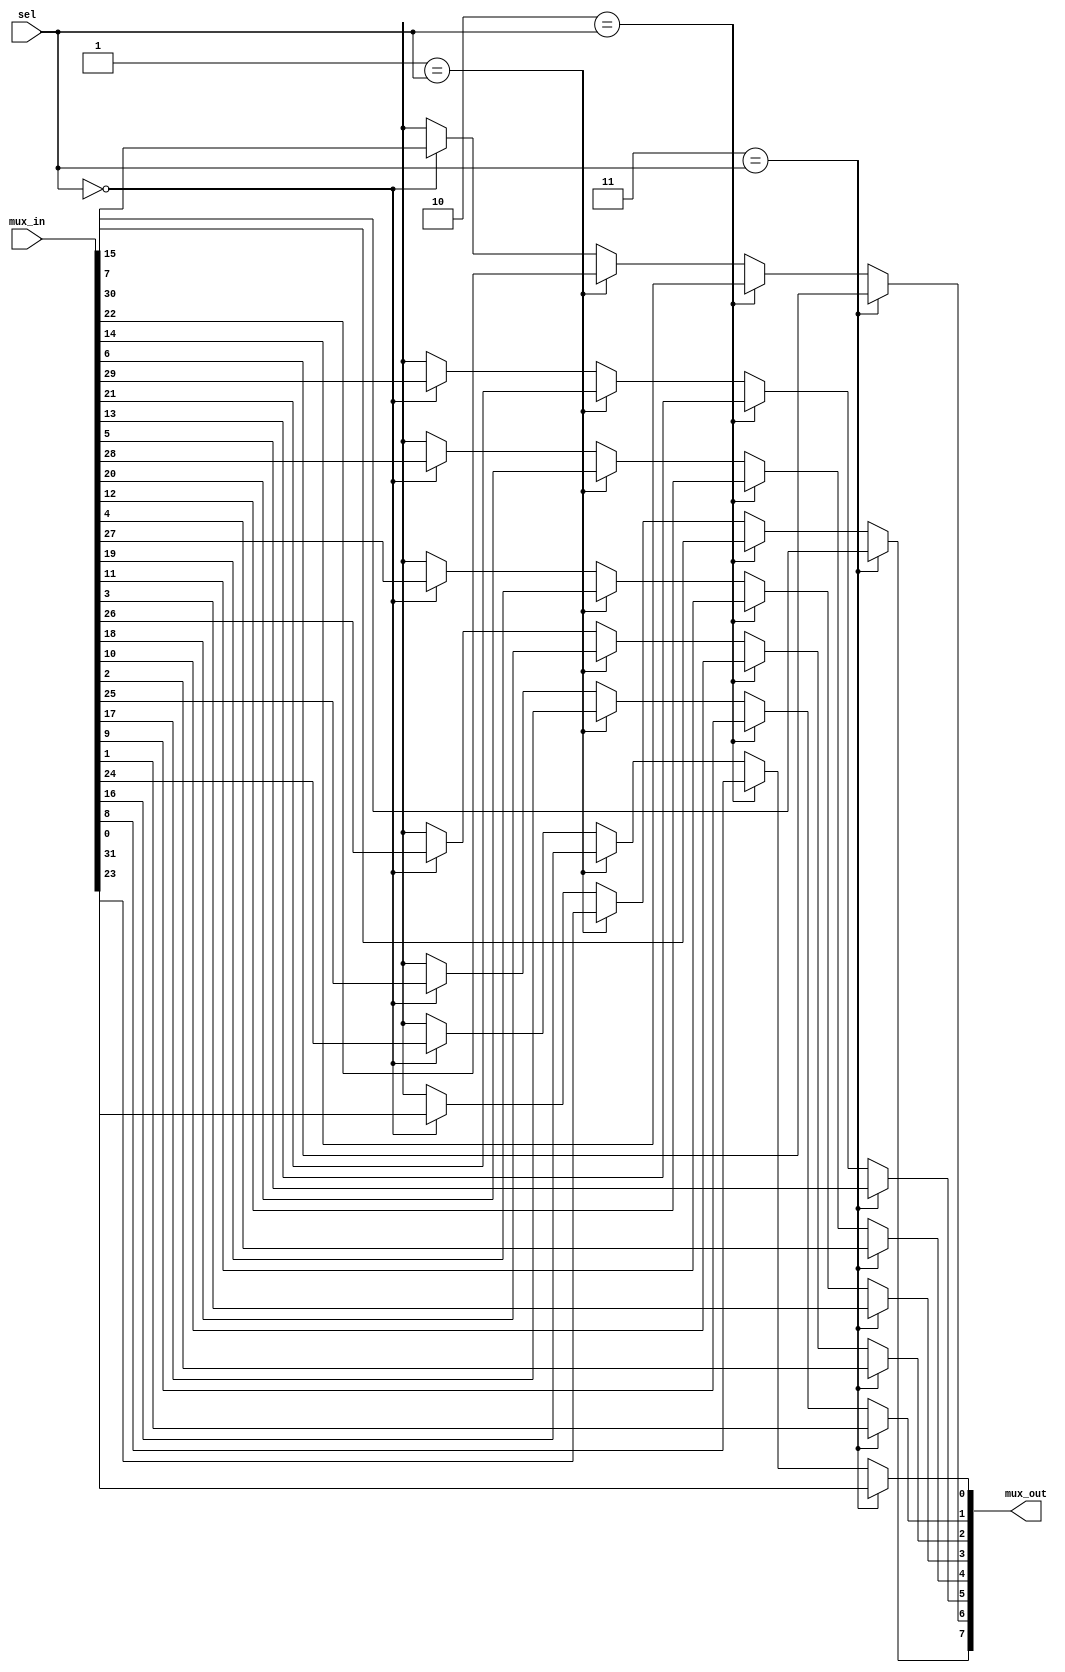
// This program was cloned from: https://github.com/sep-81/Computer-Architecture-Course-Projects
// License: MIT License

//instantiation guide:
//  MUX (.mux_in({0th mem_element, 1th mem_element, ..., (n-1)th mem_element}),
//    .sel(select_signal),
//    .mux_out(output_signal));

module MUX (
    mux_in,
    sel,
    mux_out
);
  parameter word_len = 8;
  parameter input_size = 4;
  parameter sel_len = 2;

  input [(word_len)*input_size - 1 : 0] mux_in;
  input [sel_len - 1 : 0] sel;
  output reg [word_len - 1 : 0] mux_out;

  integer i, j;
  integer word_begin;
  always @(mux_in or sel) begin
    mux_out <= 'bx;
    for (i = 0; i < 2 ** sel_len; i = i + 1'b1) begin
      if (i == sel) begin
        word_begin = word_len * (input_size - 1) - i * word_len;
        for (j = 0; j < word_len; j = j + 1) mux_out[j] <= mux_in[word_begin+j];
      end
    end
  end

endmodule